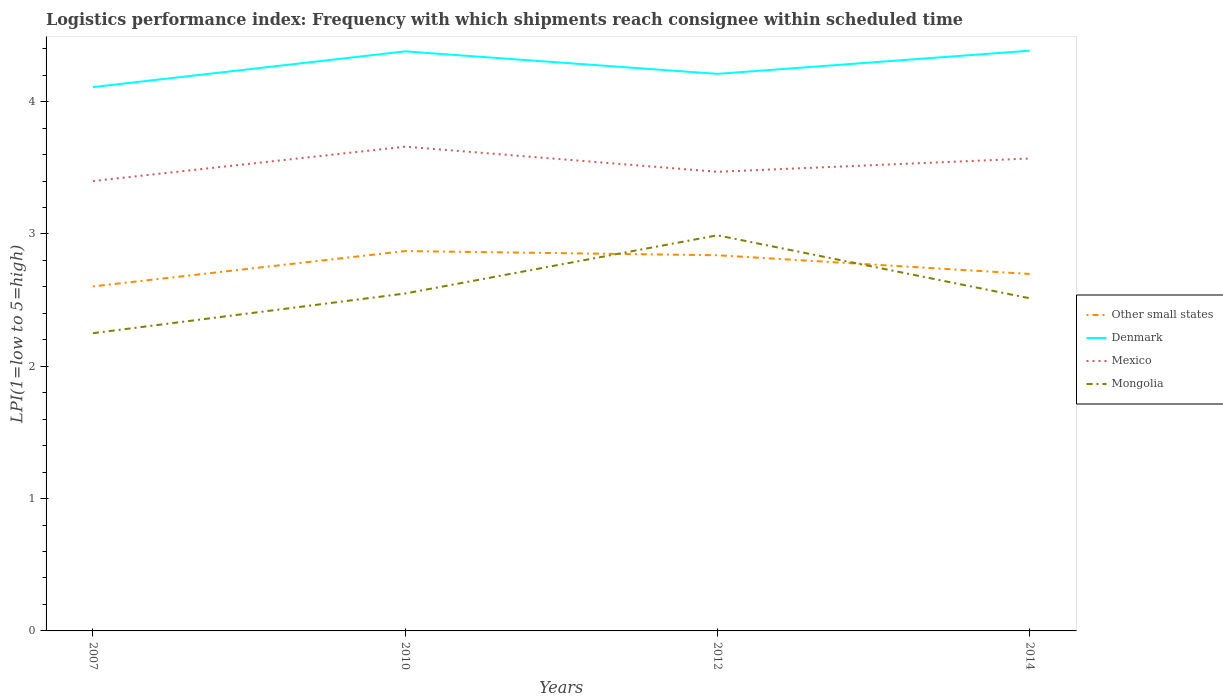
| Years | Other small states | Denmark | Mexico | Mongolia |
 | --- | --- | --- | --- | --- |
 | 2007 | 2.6 | 4.11 | 3.4 | 2.25 |
 | 2010 | 2.87 | 4.38 | 3.66 | 2.55 |
 | 2012 | 2.84 | 4.21 | 3.47 | 2.99 |
 | 2014 | 2.7 | 4.39 | 3.57 | 2.51 |